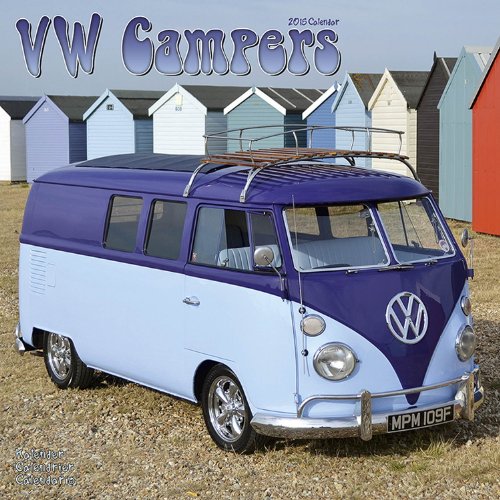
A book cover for VW Campers Calendar- 2015 Wall calendars - Car Calendar - Automobile Calendar - Monthly Wall Calendar by Avonside; MegaCalendars; Calendars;